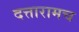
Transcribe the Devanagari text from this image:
दत्तारामच